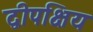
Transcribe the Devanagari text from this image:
द्वीपक्षिय